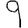
Digit: 9